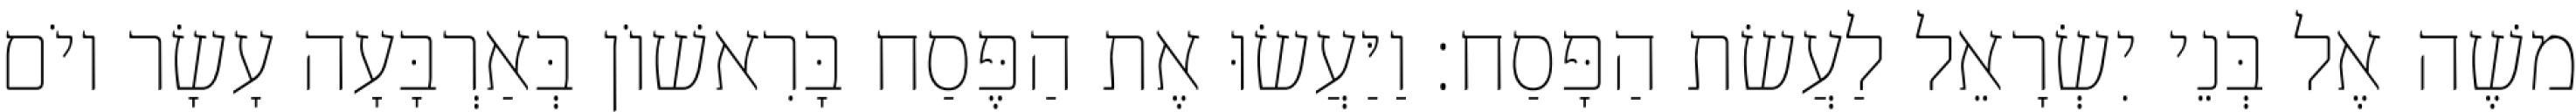
משֶׁה אֶל בְּנֵי יִשְׂרָאֵל לַעֲשׂת הַפָּסַח׃ וַיַּעֲשׂוּ אֶת הַפֶּסַח בָּרִאשׁוֹן בְּאַרְבָּעָה עָשָׂר יוֹם